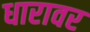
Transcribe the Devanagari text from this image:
धारावर